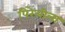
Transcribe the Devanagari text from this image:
पिरेलीला